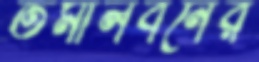
তমালবনের